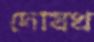
দোযখ